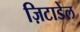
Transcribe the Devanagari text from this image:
ज़िटाडेल